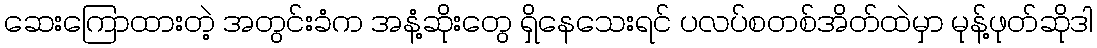
ဆေးကြောထားတဲ့ အတွင်းခံက အနံ့ဆိုးတွေ ရှိနေသေးရင် ပလပ်စတစ်အိတ်ထဲမှာ မုန့်ဖုတ်ဆိုဒါ